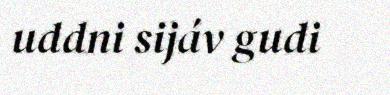
uddni sijáv gudi